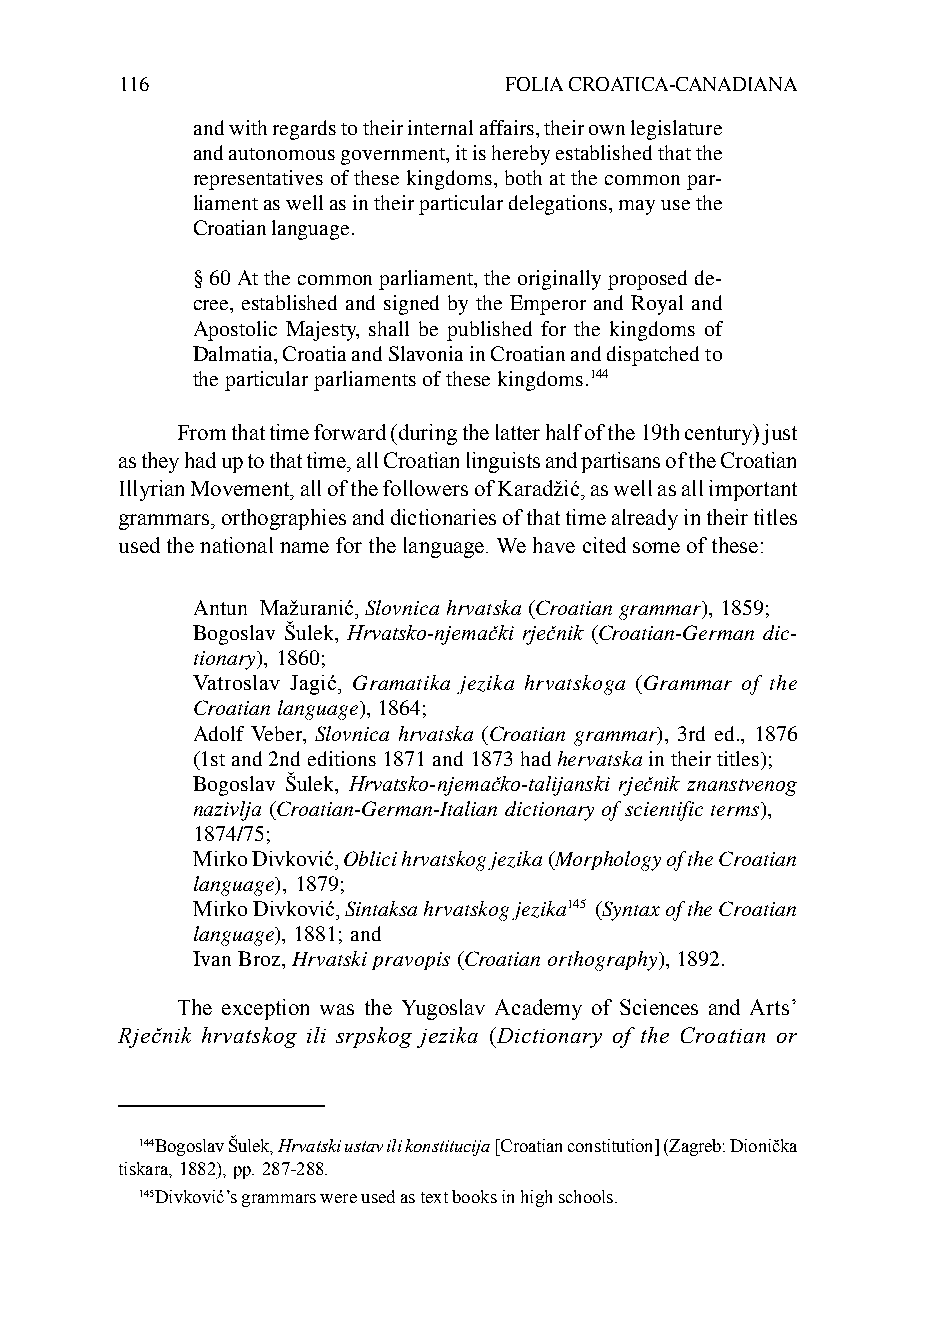
116                      FOLIA CROATICA-CANADIANA
 and with regards to their internal affairs, their own legislature
 and autonomous government, it is hereby established that the
 representatives of these kingdoms, both at the common par-
 liament as well as in their particular delegations, may use the
 Croatian language.
 § 60 At the common parliament, the originally proposed de-
 cree, established and signed by the Emperor and Royal and
 Apostolic Majesty, shall be published for the kingdoms of
 Dalmatia, Croatia and Slavonia in Croatian and dispatched to
 the particular parliaments of these kingdoms.144
 From that time forward (during the latter half of the 19th century) just
 as they had up to that time, all Croatian linguists and partisans of the Croatian
 Illyrian Movement, all of the followers of Karadžić, as well as all important
 grammars, orthographies and dictionaries of that time already in their titles
 used the national name for the language. We have cited some of these:
 Antun Mažuranić, Slovnica hrvatska (Croatian grammar), 1859;
 Bogoslav Šulek, Hrvatsko-njemački rječnik (Croatian-German dic-
 tionary), 1860;
 Vatroslav Jagić, Gramatika jezika hrvatskoga (Grammar of the
 Croatian language), 1864;
 Adolf Veber, Slovnica hrvatska (Croatian grammar), 3rd ed., 1876
 (1st and 2nd editions 1871 and 1873 had hervatska in their titles);
 Bogoslav Šulek, Hrvatsko-njemačko-talijanski rječnik znanstvenog
 nazivlja (Croatian-German-Italian dictionary of scientific terms),
 1874/75;
 Mirko Divković, Oblici hrvatskog jezika (Morphology of the Croatian
 language), 1879;
 Mirko Divković, Sintaksa hrvatskog jezika145 (Syntax of the Croatian
 language), 1881; and
 Ivan Broz, Hrvatski pravopis (Croatian orthography), 1892.
 The exception was the Yugoslav Academy of Sciences and Arts’
 Rječnik hrvatskog ili srpskog jezika (Dictionary of the Croatian or
 144Bogoslav Šulek, Hrvatski ustav ili konstitucija [Croatian constitution] (Zagreb: Dionička
 tiskara, 1882), pp. 287-288.
 145Divković’s grammars were used as text books in high schools.